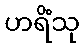
ဟရိံသု